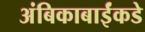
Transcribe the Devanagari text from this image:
अंबिकाबाईंकडे